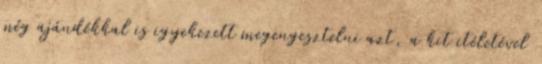
még ajándékkal is igyekezett megengesztelni azt, a kit itéletével